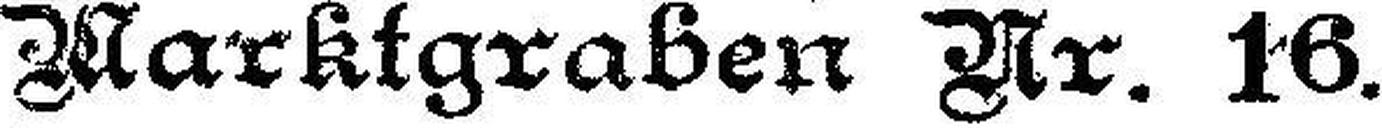
Marktgraben Nr. 16.